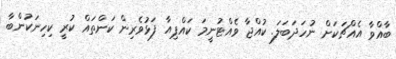
ބާއްވާ އެއްޗަކަށް ނުހަދަބަލަ. ކުއްޖާ ވެއްޓުނީމަ ކައްޕިއާ ފަޅުވެރިން ކަންތައް ކުރީ ކިހިނަކުންބާ